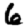
Digit: 6